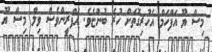
މިސް ޔޫ އަފްހަމް އެހުރިގޮތަށް ހުރެ ބުންޏެވެ. އަފްރީންވެސް ވިލް މިސް ޔޫ